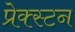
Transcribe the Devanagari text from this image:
प्रेक्स्टन